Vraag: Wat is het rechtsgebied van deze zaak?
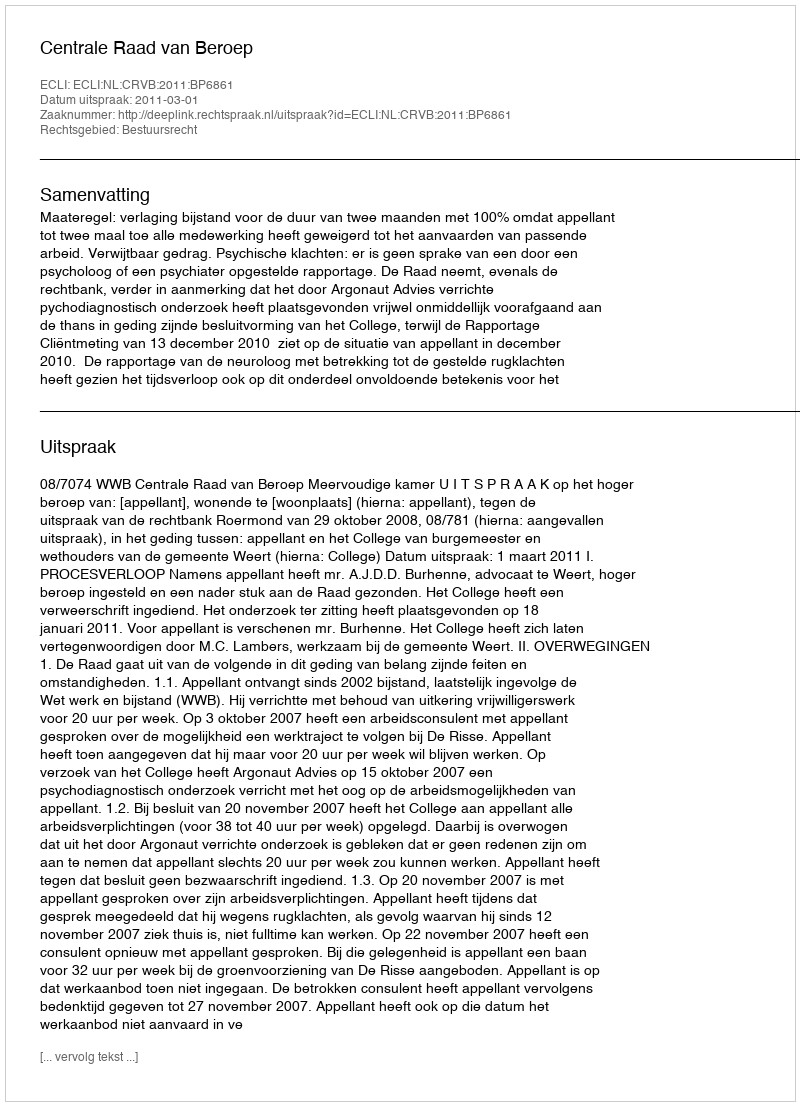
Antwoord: Bestuursrecht